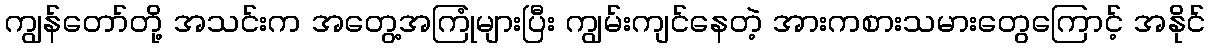
ကျွန်တော်တို့ အသင်းက အတွေ့အကြုံများပြီး ကျွမ်းကျင်နေတဲ့ အားကစားသမားတွေကြောင့် အနိုင်